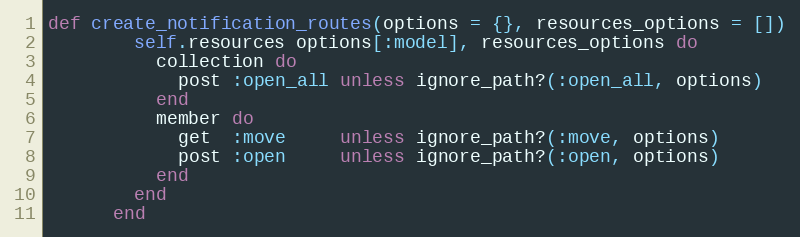
Language: Ruby
def create_notification_routes(options = {}, resources_options = [])
        self.resources options[:model], resources_options do
          collection do
            post :open_all unless ignore_path?(:open_all, options)
          end
          member do
            get  :move     unless ignore_path?(:move, options)
            post :open     unless ignore_path?(:open, options)
          end
        end
      end